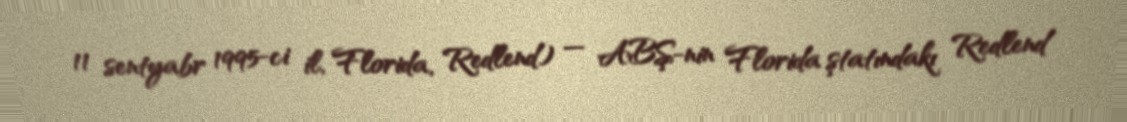
11 sentyabr 1995-ci il, Florida, Redlend) — ABŞ-nin Florida ştatındakı Redlend